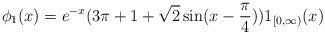
LaTeX: \begin{align*}\phi_1(x)=e^{-x}(3\pi +1 +\sqrt{2}\sin(x-\frac{\pi}{4}))1_{[0,\infty)}(x) \end{align*}